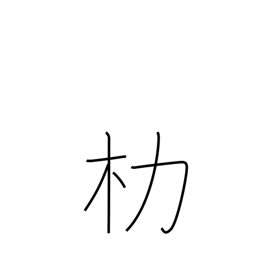
Meaning: carrying pole